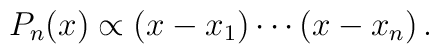
P_{n}(x)\propto (x-x_{1})\cdots (x-x_{n}) \,.